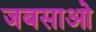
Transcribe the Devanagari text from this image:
जबसाओ